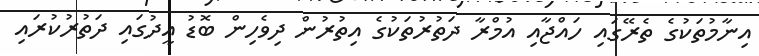
އިނާމުތަކުގެ ތެރޭގައި ހައްޖާއި އުމްރާ ދަތުރުތަކުގެ އިތުރުން ދިވެހިން ބޮޑު އީދުގައި ދަތުރުކުރައި